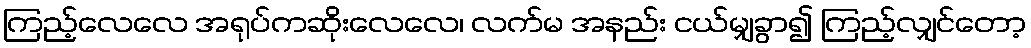
ကြည့်လေလေ အရုပ်ကဆိုးလေလေ၊ လက်မ အနည်း ငယ်မျှခွာ၍ ကြည့်လျှင်တော့